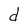
Character: d